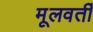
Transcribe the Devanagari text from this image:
मूलवर्ती